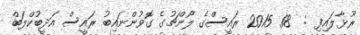
ރޫޅާލައިފި :  18